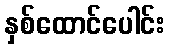
နှစ်ထောင်ပေါင်း